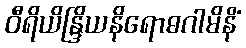
ဝီရိယိန္ဒြိယနိရောဓဂါမိနိံ